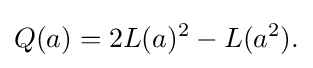
\displaystyle {Q(a)=2L(a)^{2}-L(a^{2}).}